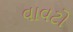
વાવટો